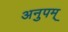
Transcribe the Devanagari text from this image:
अनुपम्